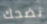
نضحك